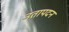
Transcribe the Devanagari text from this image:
उतापदन